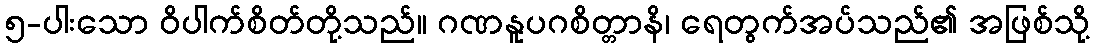
၅-ပါးသော ဝိပါက်စိတ်တို့သည်။ ဂဏနူပဂစိတ္တာနိ၊ ရေတွက်အပ်သည်၏ အဖြစ်သို့